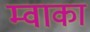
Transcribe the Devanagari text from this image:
म्वाका